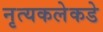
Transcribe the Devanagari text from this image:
नृत्यकलेकडे